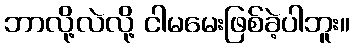
ဘာလို့လဲလို့ ငါမမေးဖြစ်ခဲ့ပါဘူး။